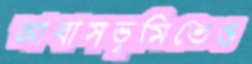
আবাসভূমিতেও